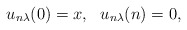
\begin{align*}u_{n\lambda}(0)=x, \ \ u_{n\lambda}(n)=0,\end{align*}